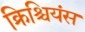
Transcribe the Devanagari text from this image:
क्रिश्चियंस